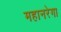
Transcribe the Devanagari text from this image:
महानरेगा